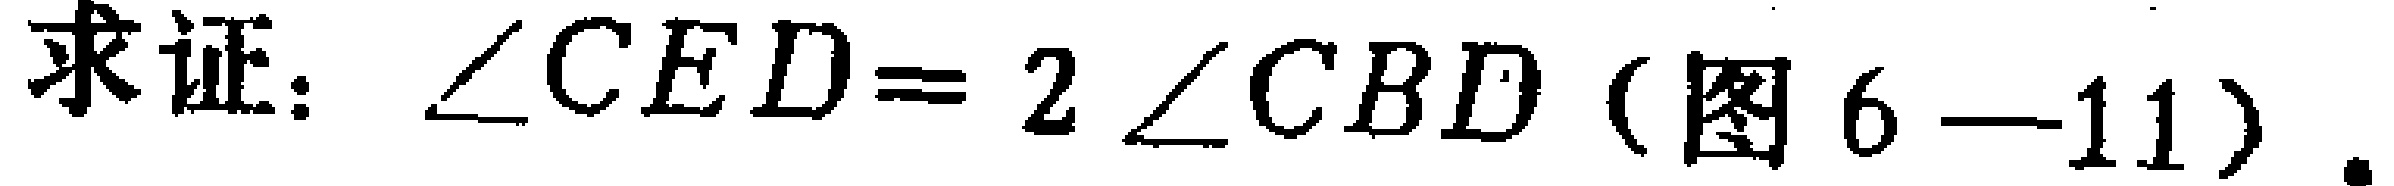
求证：$\angle CED = 2\angle CBD$（图6—11）.